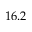
1 6 . 2